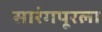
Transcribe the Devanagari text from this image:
सारंगपूरला